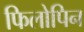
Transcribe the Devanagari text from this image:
फिलोपिन